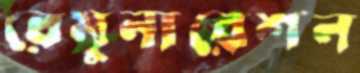
রেমুনারেশন